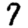
Digit: 7